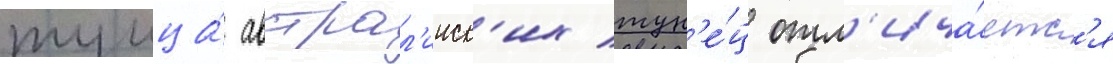
тунца́ австрал'ииск'их тун'е́ц отл'ича́етс'я